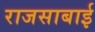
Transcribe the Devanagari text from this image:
राजसाबाई